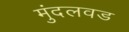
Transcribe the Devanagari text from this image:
मुंदलवड